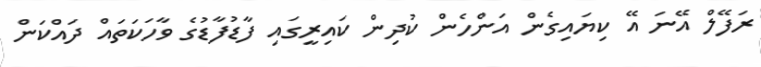
ރަފޭލް އޭނަ އޭ ކިޔައިގެން އަންހެން ކުދިން ކައިރީގައި ފާޑުފާޑުގެ ވާހަކަތައް ދައްކަން